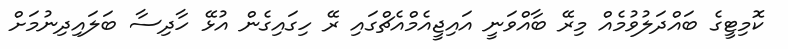
ކޮމިޓީގެ ބައްދަލުވުމެއް މިރޭ ބާއްވަނީ އައިޖީއެމްއެޗްގައި ރޭ ހިގައިގެން އުޅޭ ހާދިސާ ބަލައިދިނުމަށް